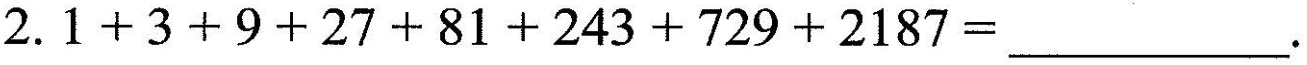
$$2.1+3+9+27+81+243 + 729 + 2187 =___$$.